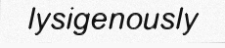
lysigenously